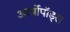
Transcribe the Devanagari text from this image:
आर्थोपॉड्स